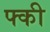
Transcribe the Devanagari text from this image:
फ्की